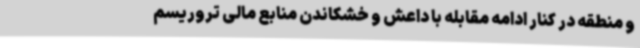
و منطقه در کنار ادامه مقابله با داعش و خشکاندن منابع مالی تروریسم